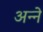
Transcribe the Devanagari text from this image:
अन्‍ने